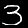
Label: 3